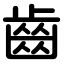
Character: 齒